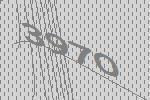
3970